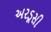
અરડૂસી